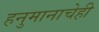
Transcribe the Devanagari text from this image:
हनुमानाचेही